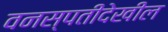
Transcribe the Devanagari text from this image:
वनस्पतीदेखील